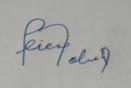
Signature authenticity: forged